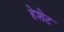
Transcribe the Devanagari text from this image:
हेशेट